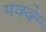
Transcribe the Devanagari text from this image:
पक्‍क्‍े